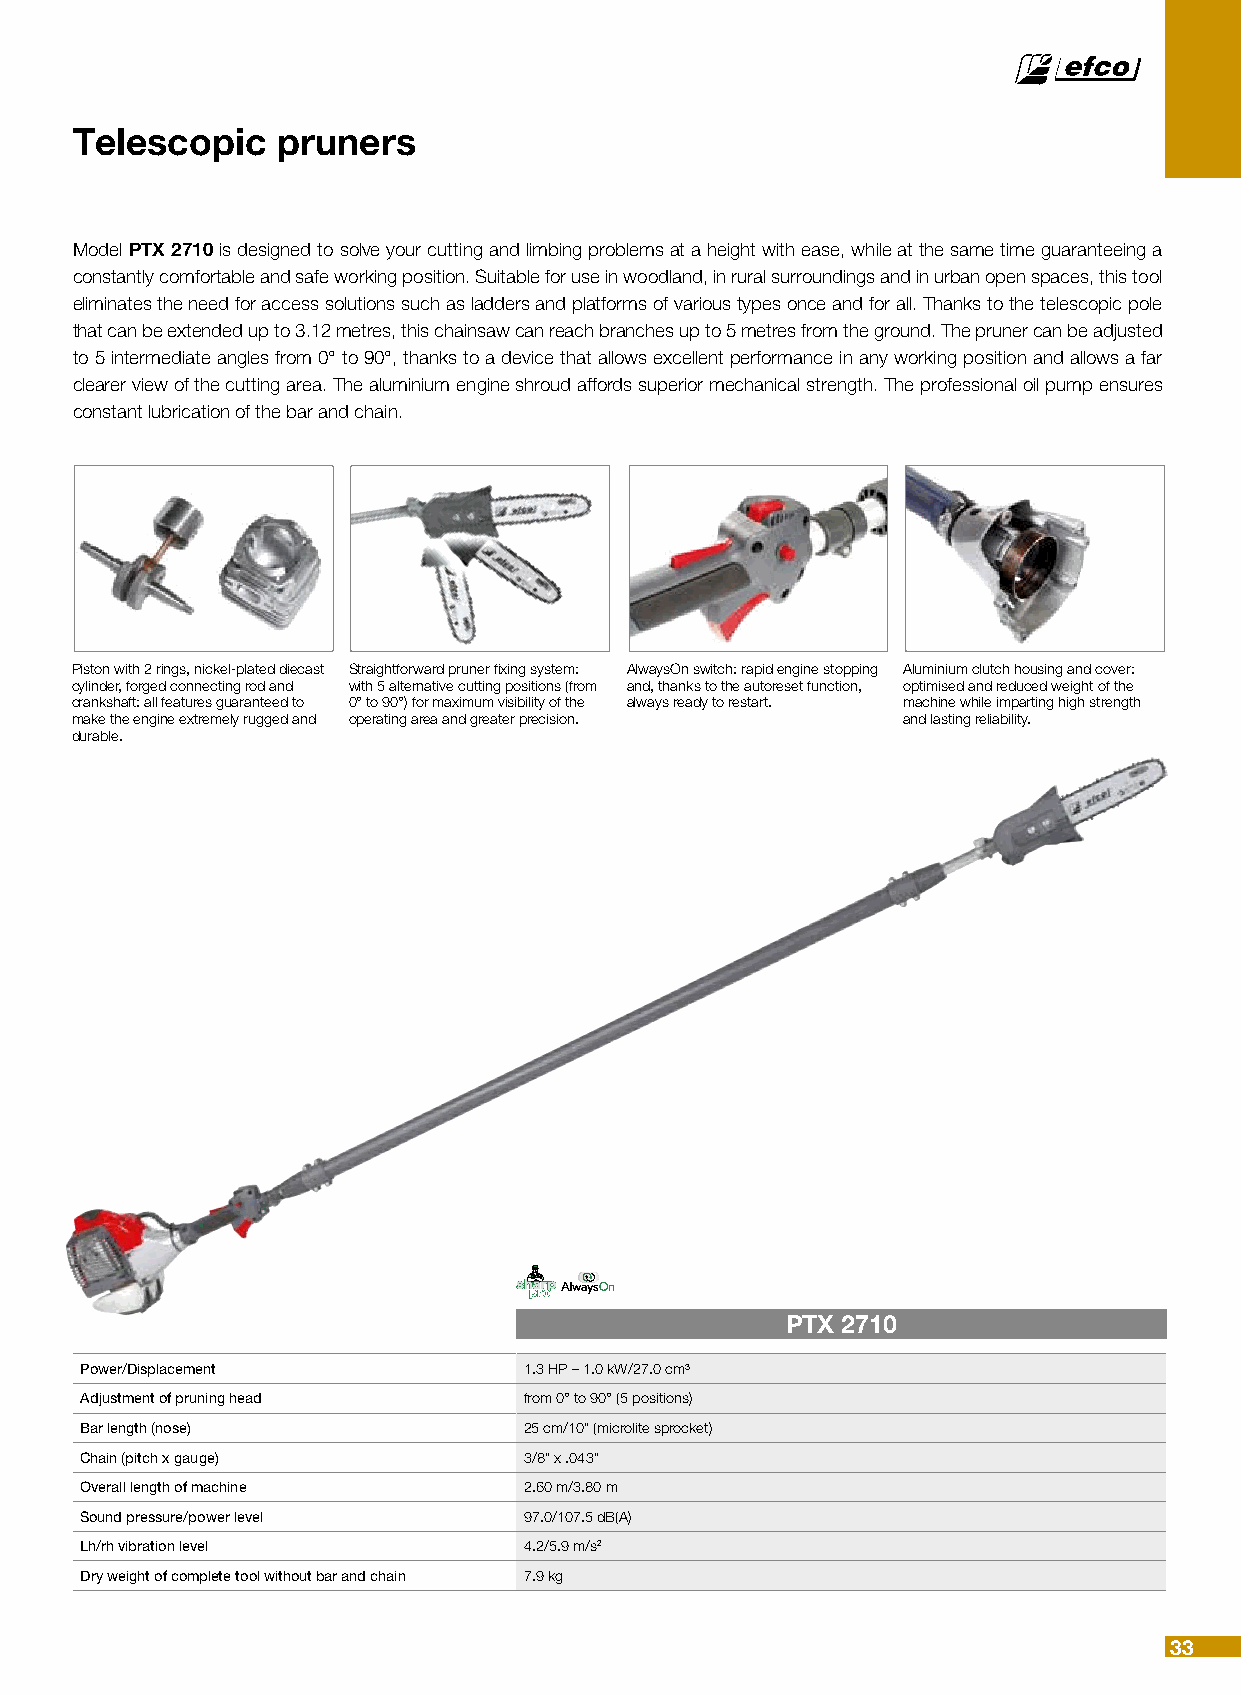
Telescopic   pruners
 Model PTX 2710 is designed to solve your cutting and limbing problems at a height with ease, while at the same time guaranteeing a
 constantly comfortable and safe working position. Suitable for use in woodland, in rural surroundings and in urban open spaces, this tool
 eliminates the need for access solutions such as ladders and platforms of various types once and for all. Thanks to the telescopic pole
 that can be extended up to 3.12 metres, this chainsaw can reach branches up to 5 metres from the ground. The pruner can be adjusted
 to 5 intermediate angles from 0° to 90°, thanks to a device that allows excellent performance in any working position and allows a far
 clearer view of the cutting area. The aluminium engine shroud affords superior mechanical strength. The professional oil pump ensures
 constant lubrication of the bar and chain.
 Piston with 2 rings, nickel-plated diecast Straightforward pruner fixing system: AlwaysOn switch: rapid engine stopping Aluminium clutch housing and cover:
 cylinder, forged connecting rod and with 5 alternative cutting positions (from and, thanks to the autoreset function, optimised and reduced weight of the
 crankshaft: all features guaranteed to 0° to 90°) for maximum visibility of the always ready to restart. machine while imparting high strength
 make the engine extremely rugged and operating area and greater precision. and lasting reliability.
 durable.
 PTX 2710
 Power/Displacement            1.3 HP – 1.0 kW/27.0 cm³
 Adjustment of pruning head    from 0° to 90° (5 positions)
 Bar length (nose)             25 cm/10” (microlite sprocket)
 Chain (pitch x gauge)         3/8” x .043”
 Overall length of machine     2.60 m/3.80 m
 Sound pressure/power level    97.0/107.5 dB(A)
 Lh/rh vibration level         4.2/5.9 m/s2
 Dry weight of complete tool without bar and chain 7.9 kg
 33